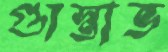
গ্যুস্তাভ